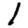
Digit: 1